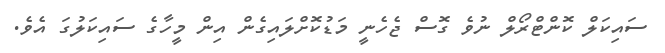
ސައިކަލް ކޮންޓްރޯލް ނުވެ ގޮސް ޖެހެނީ މަޑުކޮށްލައިގެން އިން މީހާގެ ސައިކަލުގަ އެވެ.